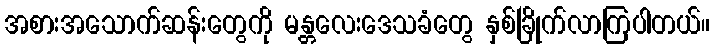
အစားအသောက်ဆန်းတွေကို မန္တလေးဒေသခံတွေ နှစ်ခြိုက်လာကြပါတယ်။